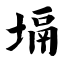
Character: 塥